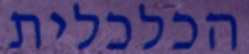
הכלכלית